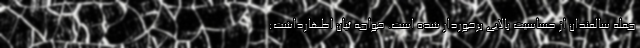
جمله سالمندان از حساسیت بالایی برخوردار شده است. خواجه ئیان اظهارداشت: